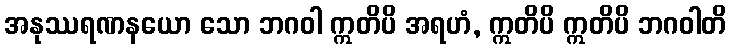
အနုဿရဏနယော သော ဘဂဝါ ဣတိပိ အရဟံ, ဣတိပိ ဣတိပိ ဘဂဝါတိ